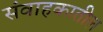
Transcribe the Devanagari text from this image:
संवाहकातील